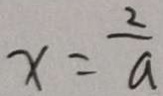
x = \frac { 2 } { a }